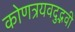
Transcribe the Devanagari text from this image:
कोणत्रयवदुद्भवी